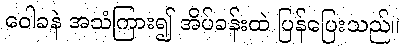
ဝေါခနဲ အသံကြား၍ အိပ်ခန်းထဲ ပြန်ပြေးသည်။